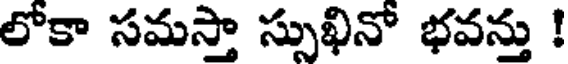
లోకా సమస్తా స్సుఖినో భవన్తు !